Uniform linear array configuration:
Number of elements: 4
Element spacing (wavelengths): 1
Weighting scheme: exponential
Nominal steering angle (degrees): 30
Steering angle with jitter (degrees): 28.3
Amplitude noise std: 0.05
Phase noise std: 0.05

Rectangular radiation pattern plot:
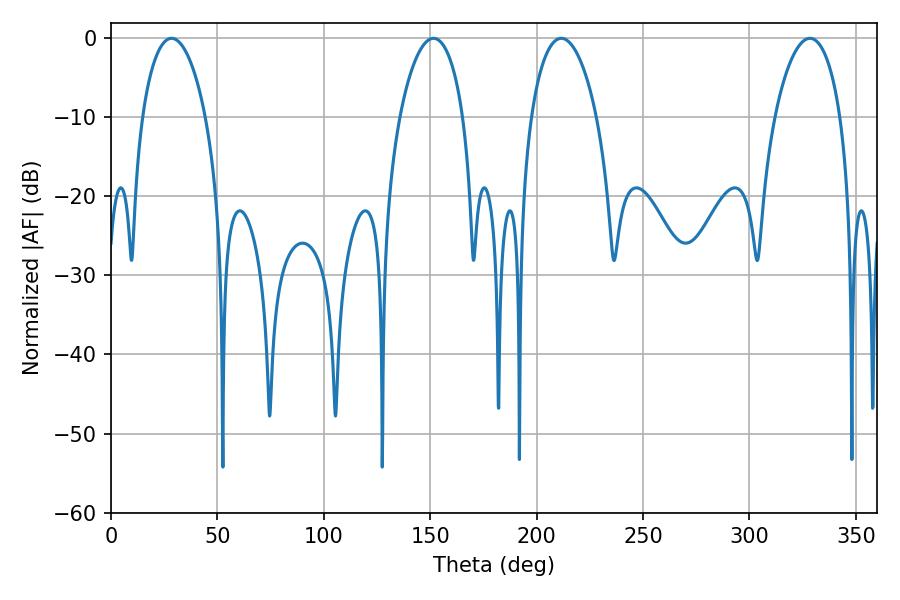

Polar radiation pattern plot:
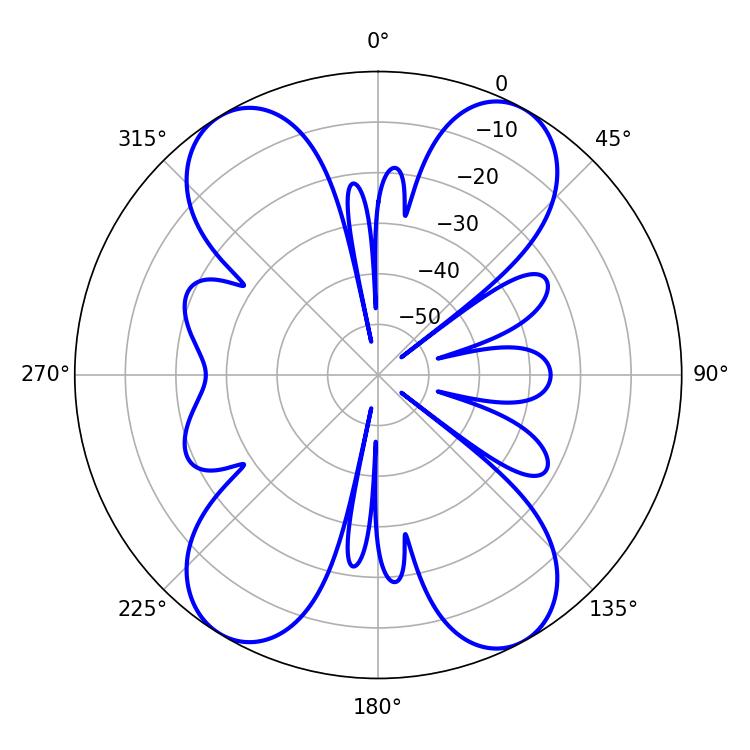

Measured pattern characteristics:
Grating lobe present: TRUE
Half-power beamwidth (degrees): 16.92
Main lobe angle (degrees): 28.44